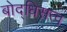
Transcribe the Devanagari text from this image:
बोद्धिसत्व